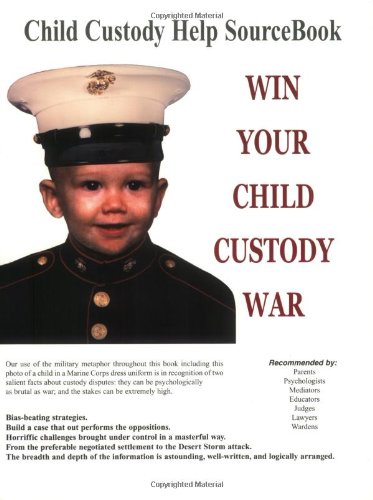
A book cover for Win Your Child Custody War: Child Custody Help Source Book--A How-To System for People Serious About the Welfare of Their Child (11th Edition); Charlotte Hardwick; Law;